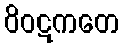
ဝိဝဋကတေ